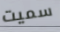
سميت